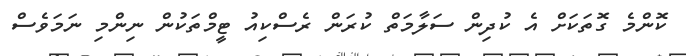
ކޮންމެ ގޮތަކަށް އެ ކުދިން ސަލާމަތް ކުރަން ރެސްކިއު ޓީމްތަކުން ނިންމި ނަމަވެސް